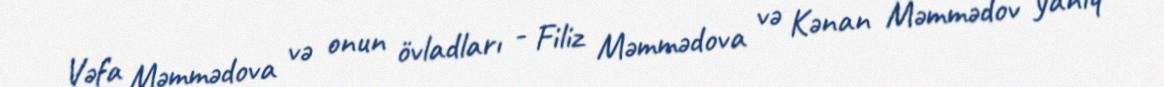
Vəfa Məmmədova və onun övladları - Filiz Məmmədova və Kənan Məmmədov yanıq